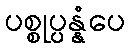
ပစ္စုပ္ပန္နံပေ